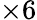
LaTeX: \times 6